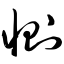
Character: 恻